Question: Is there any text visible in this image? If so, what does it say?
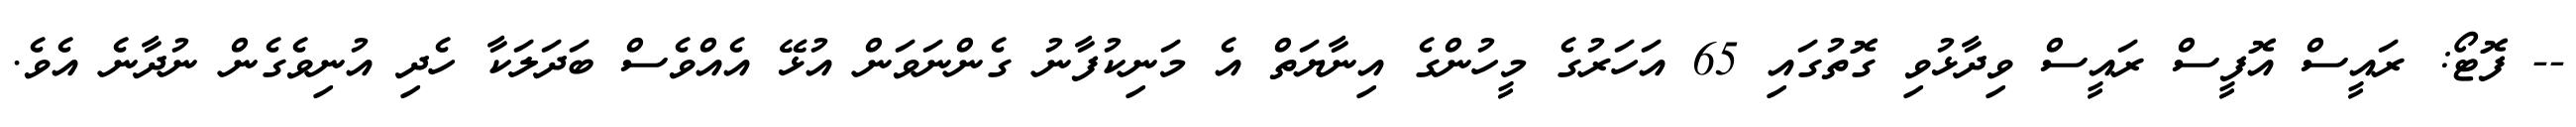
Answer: -- ފޮޓޯ: ރައީސް އޮފީސް ރައީސް ވިދާޅުވި ގޮތުގައި 65 އަހަރުގެ މީހުންގެ އިނާޔަތް އެ މަނިކުފާނު ގެންނަވަން އުޅޭ އެއްވެސް ބަދަލަކާ ހެދި އުނިވެގެން ނުދާނެ އެވެ.